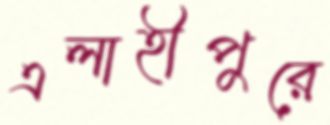
এলাহীপুরে